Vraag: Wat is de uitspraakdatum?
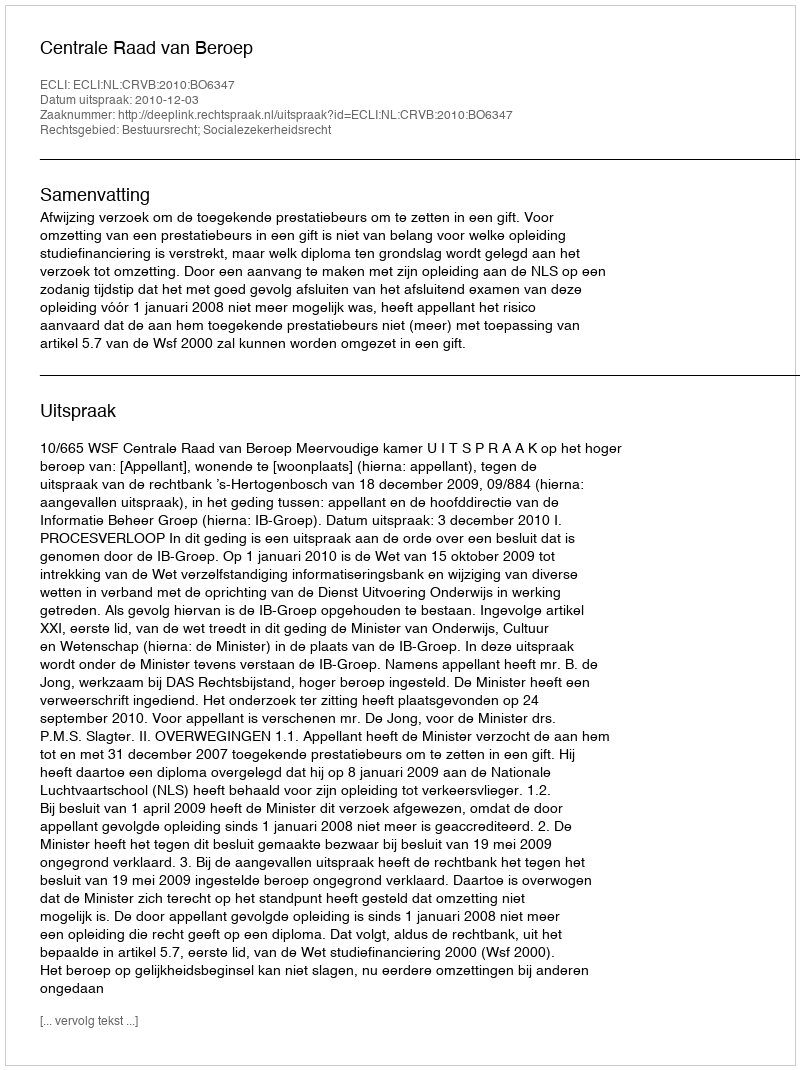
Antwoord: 2010-12-03